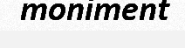
moniment